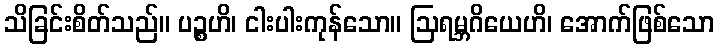
သိခြင်းစိတ်သည်။ ပဉ္စဟိ၊ ငါးပါးကုန်သော။ ဩရမ္ဘဂိယေဟိ၊ အောက်ဖြစ်သော